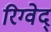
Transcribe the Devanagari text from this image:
रिग्वेद्